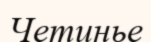
Четинье